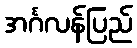
အင်္ဂလန်ပြည်